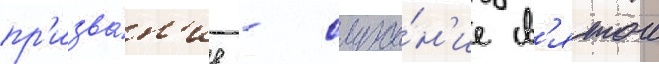
пр'изва́н'ие - служе́н'ие св'ятои